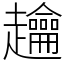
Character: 䟑